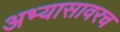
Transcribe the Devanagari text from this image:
अभ्यासावरच